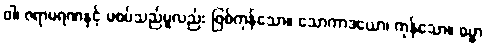
ဝါ၊ ဇရာမရဏနှင့် မစပ်သည်မူလည်း ဖြစ်ကုန်သော။ သောကာဒယော၊ ကုန်သော။ ဓမ္မာ